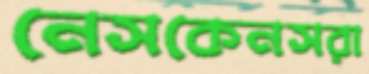
নেসকেনসরা